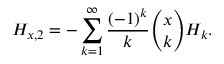
H _ { x , 2 } = - \sum _ { k = 1 } ^ { \infty } { \frac { ( - 1 ) ^ { k } } { k } } { \binom { x } { k } } H _ { k } .